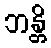
ဘန္တိ